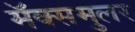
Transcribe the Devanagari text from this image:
मॅक्समुलर